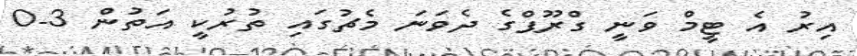
އިރު އެ ޓީމް ވަނީ ގްރޫޕްގެ ދެވަނަ މެޗުގައި ތުރުކީ އަތުން 3-0